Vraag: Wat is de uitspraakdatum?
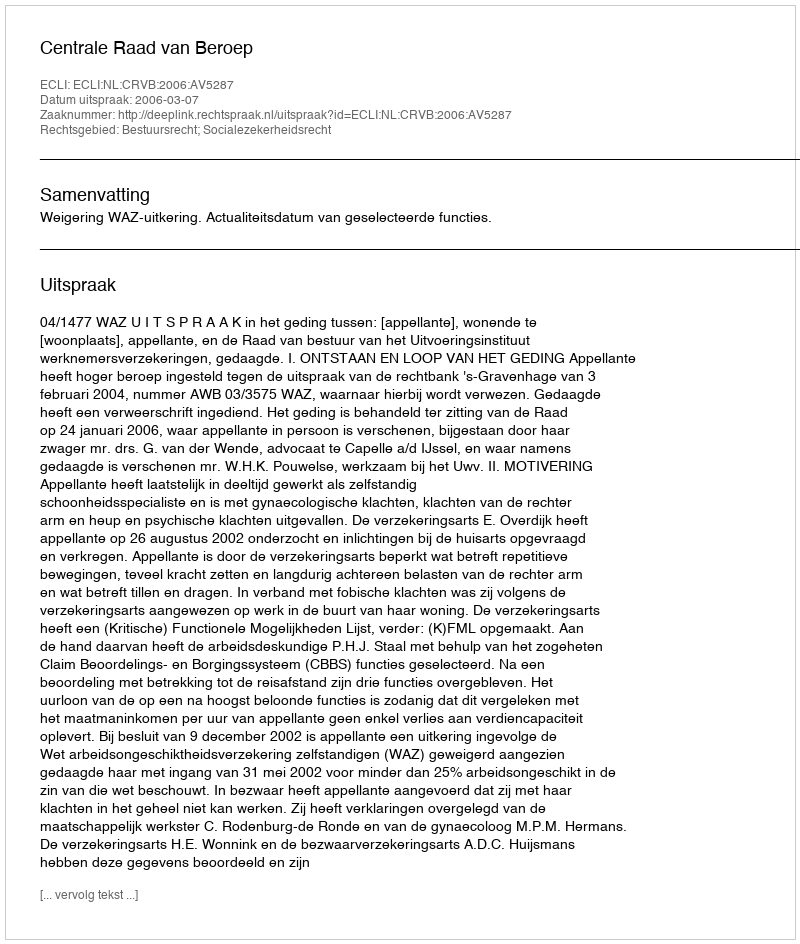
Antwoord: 2006-03-07